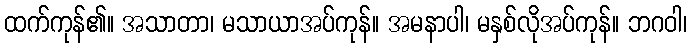
ထက်ကုန်၏။ အသာတာ၊ မသာယာအပ်ကုန်။ အမနာပါ၊ မနှစ်လိုအပ်ကုန်။ ဘဂဝါ၊